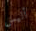
أليس